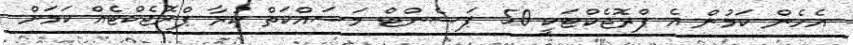
އެހެން ކަމުން އެ ޕްރޮޖެކްޓަކީ 50 ޕަސެންޓް މަސައްކަތް ކުރާ ޕްރޮޖެކްޓެއް ކަމަށް